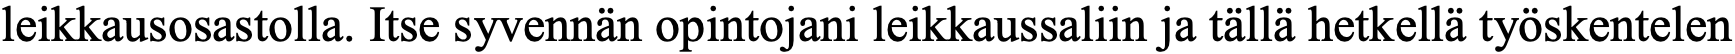
leikkausosastolla. Itse syvennän opintojani leikkaussaliin ja tällä hetkellä työskentelen